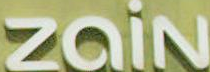
Zain